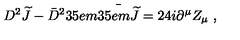
D ^ { 2 } { \widetilde J } - { \bar { D } } ^ { 2 } { \kern . 3 5 e m \bar { \kern - . 3 5 e m { \widetilde J } } } = 2 4 i \partial ^ { \mu } Z _ { \mu } \ ,